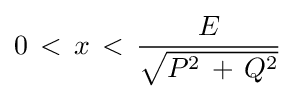
0\,<\,x\,<\,{\frac {E}{\sqrt {P^{2}\,+\,Q^{2}}}}